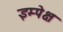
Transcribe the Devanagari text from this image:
इम्पेक्ष